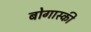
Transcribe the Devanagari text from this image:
बोगास्की